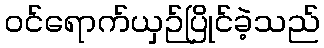
ဝင်ရောက်ယှဉ်ပြိုင်ခဲ့သည်